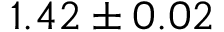
1 . 4 2 \pm 0 . 0 2